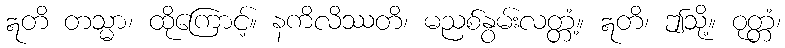
ဣတိ တသ္မာ၊ ထိုကြောင့်။ နကိလိဿတိ၊ မညစ်နွမ်းလတ္တံ့။ ဣတိ၊ ဤသို့။ ဝုတ္တံ၊